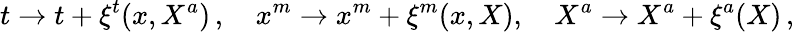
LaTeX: t\rightarrow t+\xi^{t}(x,X^{a})\, ,\quad x^{m}\rightarrow x^{m}+\xi^{m}(x,X),\quad X^{a}\rightarrow X^{a}+\xi^{a}(X)\, ,